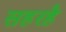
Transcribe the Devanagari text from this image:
सहरहै